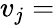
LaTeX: v_{j}=